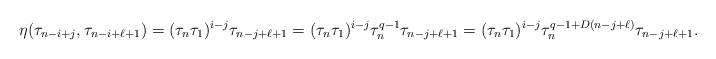
\begin{align*}\eta(\tau_{n-i+j}, \tau_{n-i+\ell+1})=(\tau_n \tau_1)^{i-j} \tau_{n-j+\ell+1}=(\tau_n \tau_1)^{i-j} \tau_n^{q-1}\tau_{n-j+\ell+1}=(\tau_n \tau_1)^{i-j} \tau_n^{q-1+D(n-j+\ell)}\tau_{n-j+\ell+1}.\end{align*}